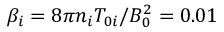
\beta _ { i } = 8 \pi n _ { i } T _ { 0 i } / B _ { 0 } ^ { 2 } = 0 . 0 1